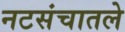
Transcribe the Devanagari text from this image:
नटसंचातले